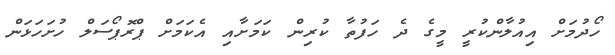
ހޯދުމަށް އިއުލާންކުރީ މީގެ ދެ ހަފުތާ ކުރިން ކަމަށާއި އެކަމަށް ޕްރޮޕޯސަލް ހުށަހަޅަން